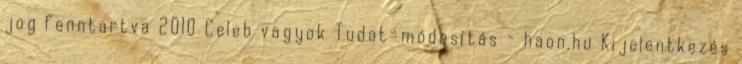
jog fenntartva 2010 Celeb vagyok Tudat-módosítás - haon.hu Kijelentkezés